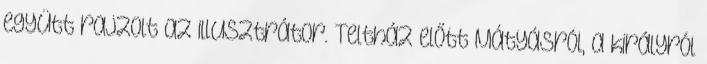
együtt rajzolt az illusztrátor. Teltház előtt Mátyásról, a királyról